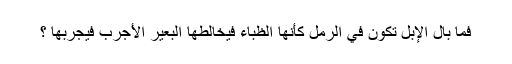
فما بال الإبل تكون في الرمل كأنها الظباء فيخالطها البعير الأجرب فيجربها ؟